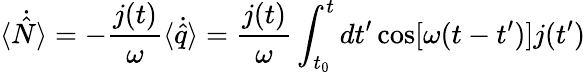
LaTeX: \langle\dot{\hat{N}}\rangle=-\frac{j(t)}{\omega}\langle\dot{\hat{q}}\rangle=\frac{j(t)}{\omega}\int_{t_{0}}^{t}dt^{\prime}\cos[\omega(t-t^{\prime})]j(t^{\prime})